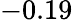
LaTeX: -0.19